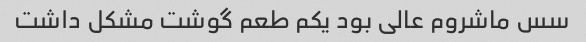
سس ماشروم عالی بود یکم طعم گوشت مشکل داشت